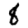
Digit: 8